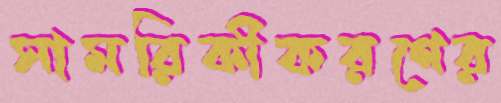
সামরিকীকরণের